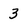
Character: 3